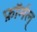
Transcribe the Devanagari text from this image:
फ़ॉर्मल्